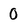
Character: 0